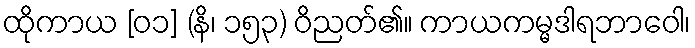
ထိုကာယ [၀၁] (နိ၊ ၁၅၃) ဝိညတ်၏။ ကာယကမ္မဒါရဘာဝေါ၊